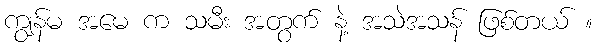
ကျွန်မ အမေ က သမီး အတွက် နဲ့ အသဲအသန် ဖြစ်တယ် ။